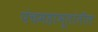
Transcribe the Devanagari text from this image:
पंचमहाभूतांतील